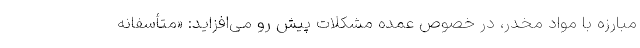
مبارزه با مواد مخدر، در خصوص عمده مشکلات پیش رو می‌افزاید: «متأسفانه